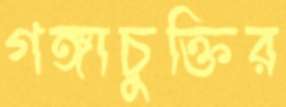
গঙ্গাচুক্তির